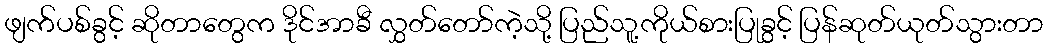
ဖျက်ပစ်ခွင့် ဆိုတာတွေက ဒိုင်အာခီ လွှတ်တော်ကဲ့သို့ ပြည်သူ့ကိုယ်စားပြုခွင့် ပြန်ဆုတ်ယုတ်သွားတာ